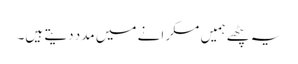
یہ پٹھے ہمیں مسکرانے میں مدد دیتے ہیں۔